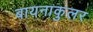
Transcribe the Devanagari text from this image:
बायनाकुलर